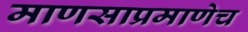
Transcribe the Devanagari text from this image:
माणसाप्रमाणेच